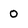
Character: 0